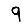
Digit: 9